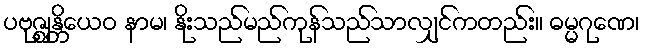
ပဗုဇ္ဈန္တိယေဝ နာမ၊ နိုးသည်မည်ကုန်သည်သာလျှင်ကတည်း။ ဓမ္မဂုဏေ၊